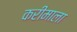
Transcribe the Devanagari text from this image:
करीमाला